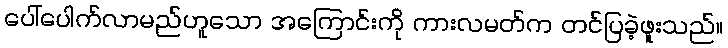
ပေါ်ပေါက်လာမည်ဟူသော အကြောင်းကို ကားလမတ်က တင်ပြခဲ့ဖူးသည်။